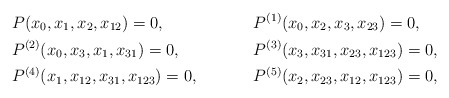
\begin{align*} &P(x_0,x_1,x_2,x_{12})=0, &&P^{(1)}(x_0,x_2,x_3,x_{23})=0,\\ &P^{(2)}(x_0,x_3,x_1,x_{31})=0, &&P^{(3)}(x_3,x_{31},x_{23},x_{123})=0,\\ &P^{(4)}(x_1,x_{12},x_{31},x_{123})=0, &&P^{(5)}(x_2,x_{23},x_{12},x_{123})=0,\end{align*}